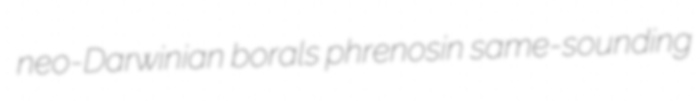
neo-Darwinian borals phrenosin same-sounding